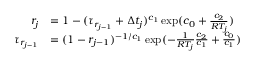
\begin{array} { r l } { r _ { j } } & { = 1 - ( \tau _ { r _ { j - 1 } } + \Delta t _ { j } ) ^ { c _ { 1 } } \exp ( c _ { 0 } + \frac { c _ { 2 } } { R T _ { j } } ) } \\ { \tau _ { r _ { j - 1 } } } & { = ( 1 - r _ { j - 1 } ) ^ { - 1 / c _ { 1 } } \exp ( - \frac { 1 } { R T _ { j } } \frac { c _ { 2 } } { c _ { 1 } } + \frac { c _ { 0 } } { c _ { 1 } } ) } \end{array}